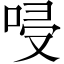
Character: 唚